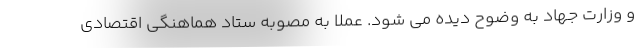
و وزارت جهاد به وضوح دیده می شود. عملا به مصوبه ستاد هماهنگی اقتصادی